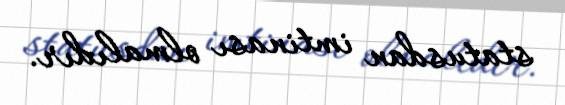
statusdan imtinası olmalıdır.